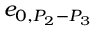
e _ { 0 , { P _ { 2 } } - { P _ { 3 } } }